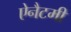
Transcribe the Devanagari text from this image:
ऐनैटमी